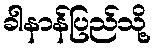
ခါနာန်ပြည်သို့